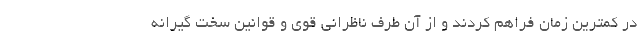
در کمترین زمان فراهم کردند و از آن طرف ناظرانی قوی و قوانین سخت گیرانه